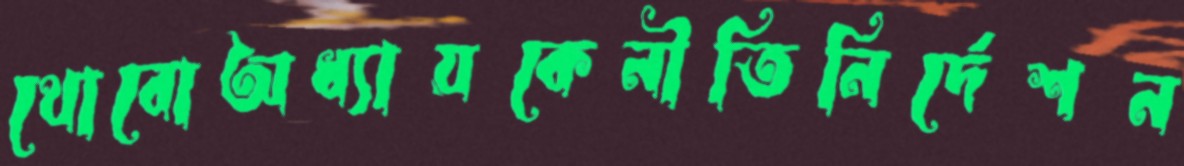
থোবোঅধ্যায়কেনীতিনির্দেশন